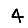
Digit: 4